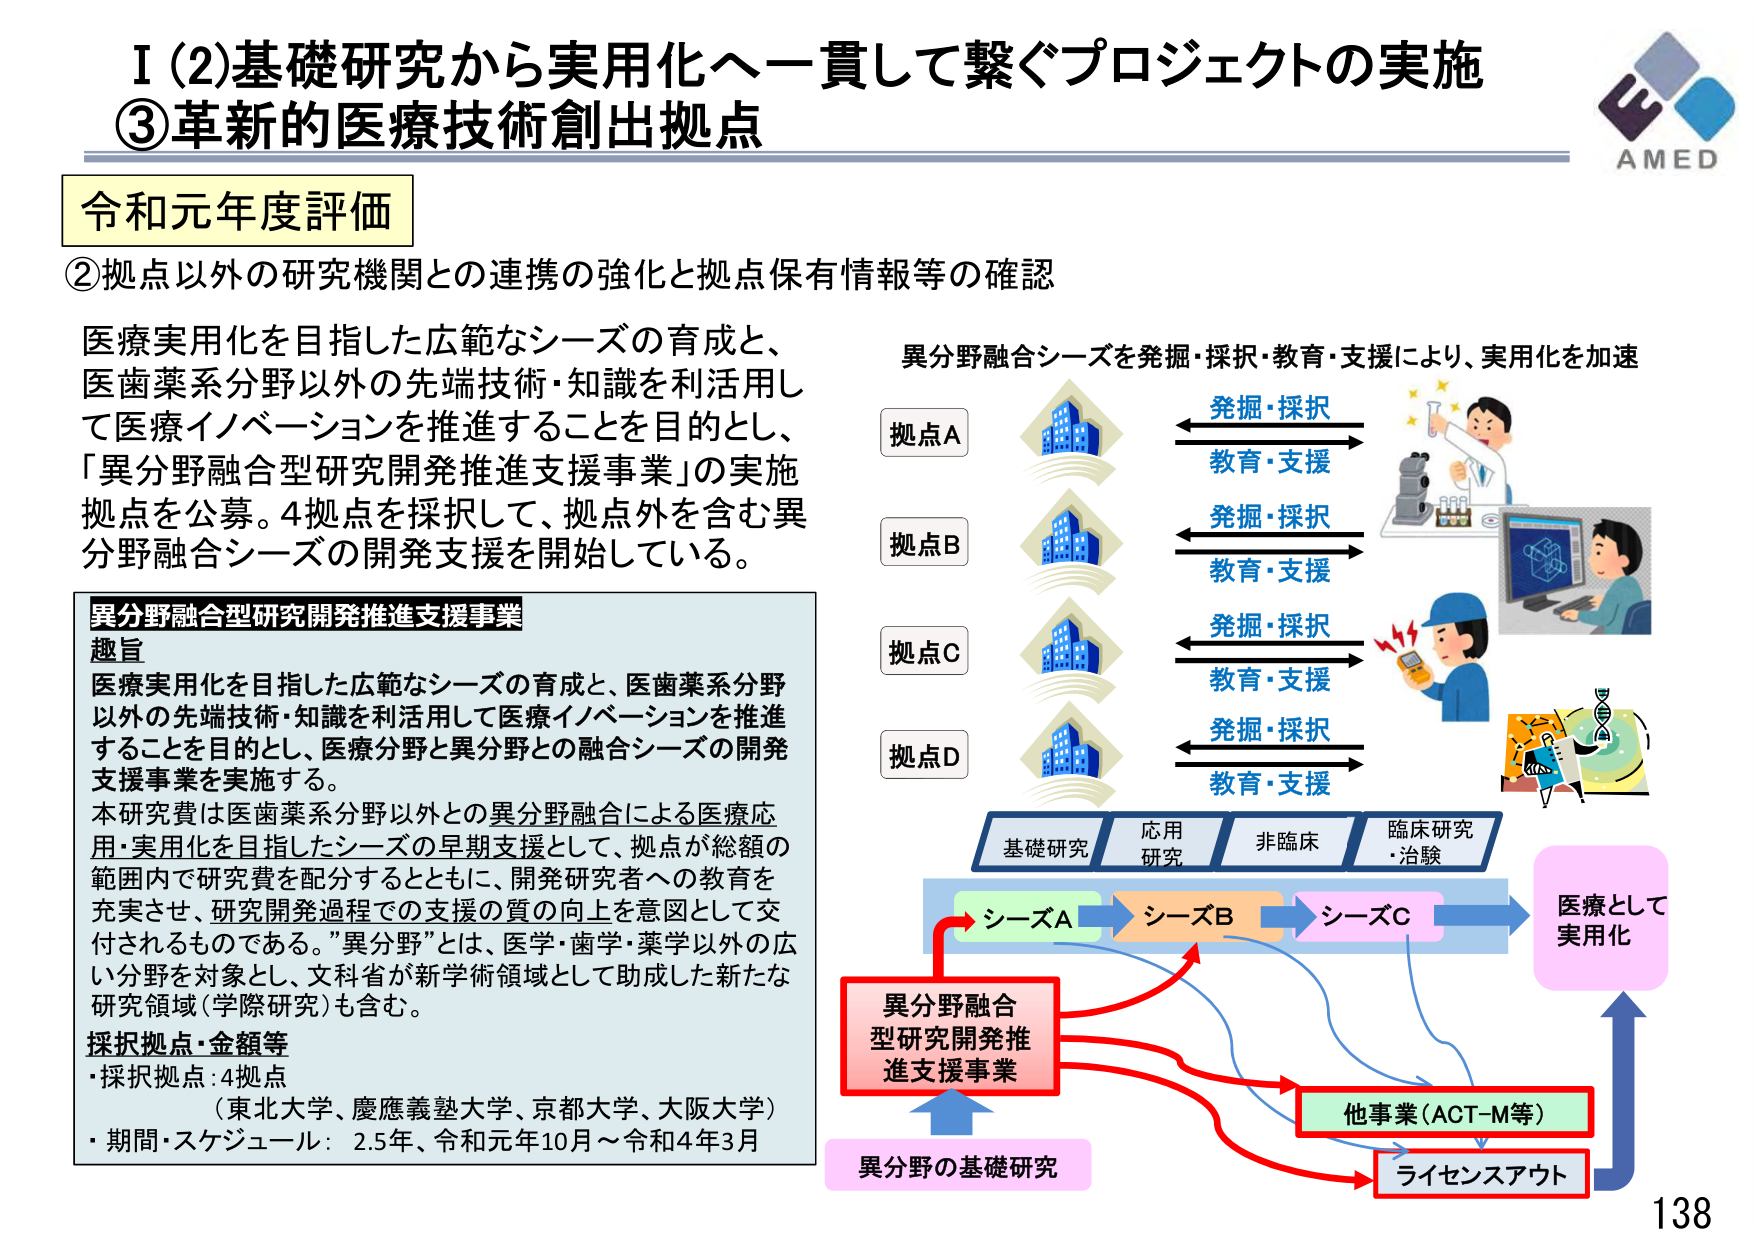
I (2) 基礎研究から実用化へ一貫して繋ぐプロジェクトの実施
③ 革新的医療技術創出拠点

令和元年度評価

② 拠点以外の研究機関との連携の強化と拠点保有情報等の確認

医療実用化を目指した広範なシーズの育成と、
医歯薬系分野以外の先端技術・知識を利活用し
て医療イノベーションを推進することを目的とし、
「異分野融合型研究開発推進支援事業」の実施
拠点を公募。4拠点を採択して、拠点外を含む異
分野融合シーズの開発支援を開始している。

異分野融合型研究開発推進支援事業
趣旨
医療実用化を目指した広範なシーズの育成と、医歯薬系分野
以外の先端技術・知識を利活用して医療イノベーションを推進
することを目的とし、医療分野と異分野との融合シーズの開発
支援事業を実施する。
本研究費は医歯薬系分野以外との異分野融合による医療応
用・実用化を目指したシーズの早期支援として、拠点が総額の
範囲内で研究費を配分するとともに、開発研究者への教育を
充実させ、研究開発過程での支援の質の向上を意図として交
付されるものである。"異分野"とは、医学・歯学・薬学以外の広
い分野を対象とし、文科省が新学術領域として助成した新たな
研究領域（学際研究）も含む。

採択拠点・金額等
・採択拠点：4拠点
（東北大学、慶應義塾大学、京都大学、大阪大学）
・期間・スケジュール：2.5年、令和元年10月～令和4年3月

異分野融合シーズを発掘・採択・教育・支援により、実用化を加速

拠点A
発掘・採択
教育・支援

拠点B
発掘・採択
教育・支援

拠点C
発掘・採択
教育・支援

拠点D
発掘・採択
教育・支援

基礎研究　応用研究　非臨床　臨床研究・治験

シーズA　シーズB　シーズC　医療として実用化

異分野融合型研究開発推進支援事業

異分野の基礎研究

他事業（ACT-M等）

ライセンスアウト

AMED

138